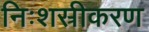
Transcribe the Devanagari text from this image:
निःशस्रीकरण